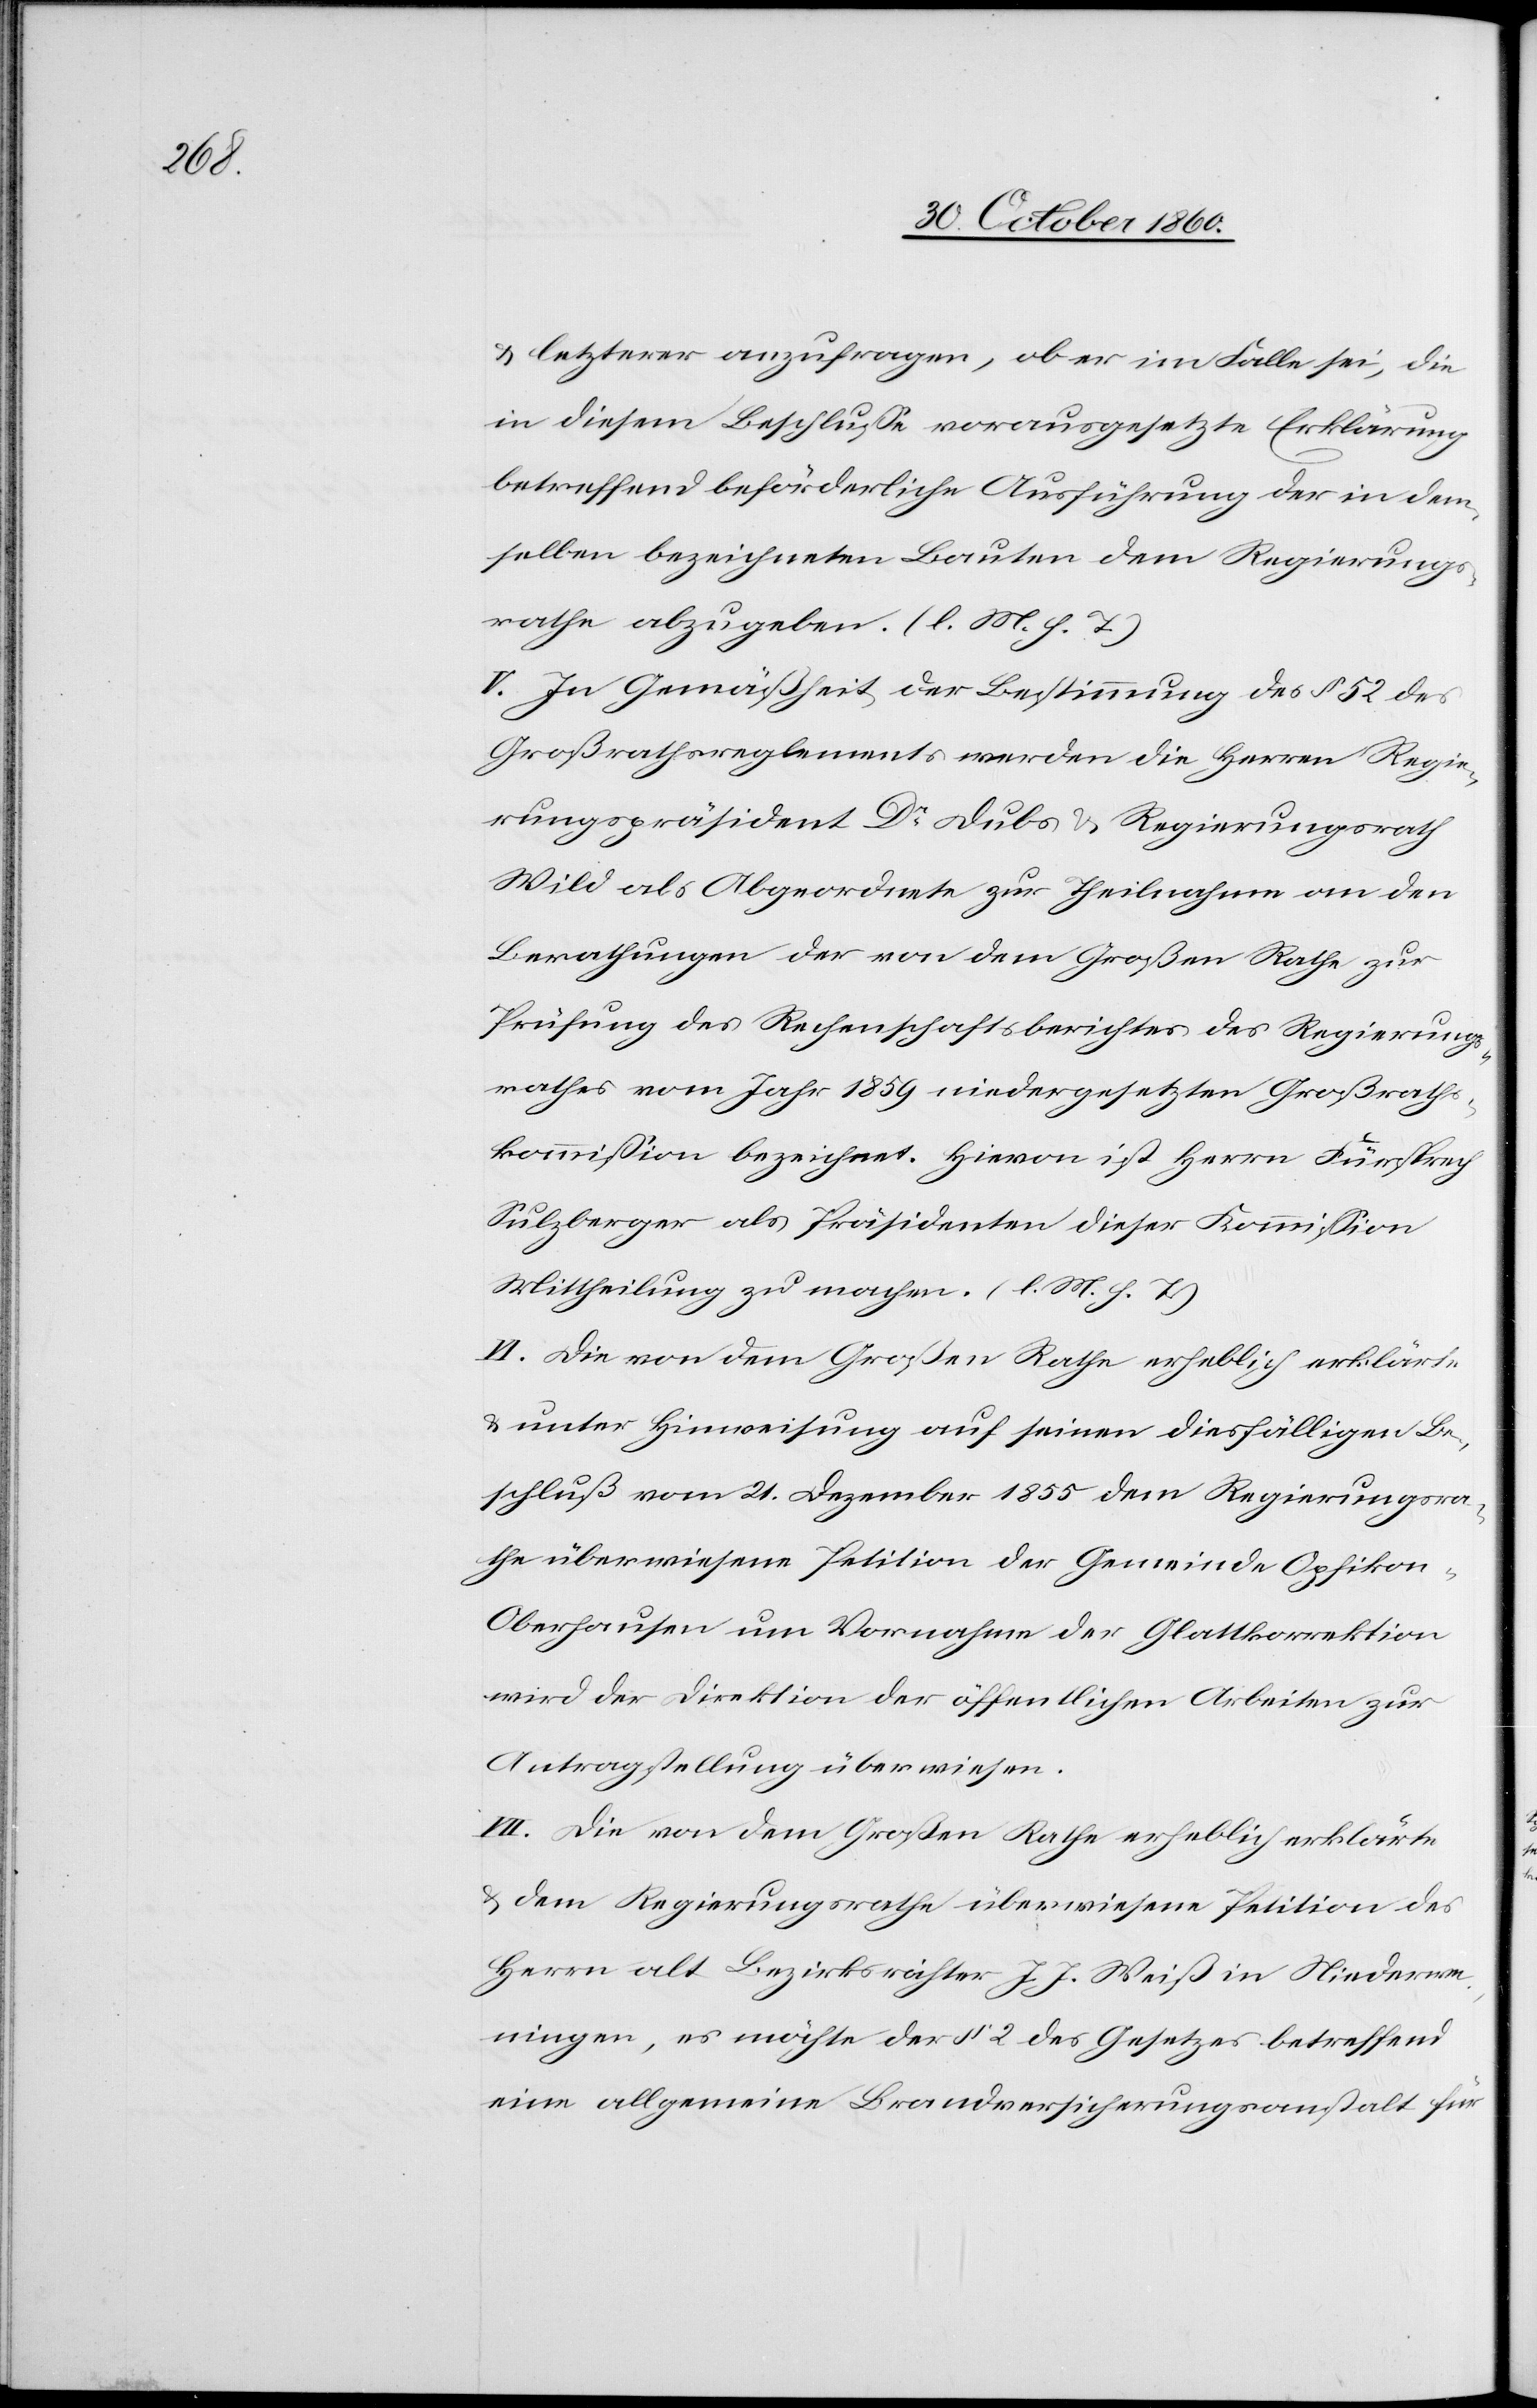
u. letzterer anzufragen, ob er im Falle sei, die
in diesem Beschlusse vorausgesetzte Erklärung
betreffend beförderliche Ausführung der in dem¬
selben bezeichneten Bauten dem Regierungs¬
rathe abzugeben. (l. M. h. T.)
V. In Gemäßheit der Bestimmung des § 52 des
Großrathsreglements werden die Herren Regie¬
rungspräsident Dr Dubs u. Regierungsrath
Wild als Abgeordnete zur Theilnahme an den
Berathungen der von dem Großen Rathe zur
Prüfung des Rechenschaftsberichtes des Regierungs¬
rathes vom Jahr 1859 niedergesetzten Großrath¬
skommission bezeichnet. Hievon ist Herrn Fürsprech
Sulzberger als Präsidenten dieser Kommission
Mittheilung zu machen. (l. M. h. T.)
Vi. Die von dem Großen Rathe erheblich erklärte
u. unter Hinweisung auf seinen diesfälligen Be¬
schluß vom 21. Dezember 1855 dem Regierungsra¬
the überwiesene Petition der Gemeinde Opfikon-O¬
berhausen um Vornahme der Glattkorrektion
wird der Direktion der öffentlichen Arbeiten zur
Antragstellung überwiesen.
VII. Die von dem Großen Rathe erheblich erklärte
u. dem Regierungsrathe überwiesene Petition des
Herrn alt Bezirksrichter J. J. Weiß in Niederwe¬
ningen, es möchte der § 2 des Gesetzes betreffend
eine allgemeine Brandversicherungsanstalt für